Burma Government Medical School reports 1923-41
Year: 1923
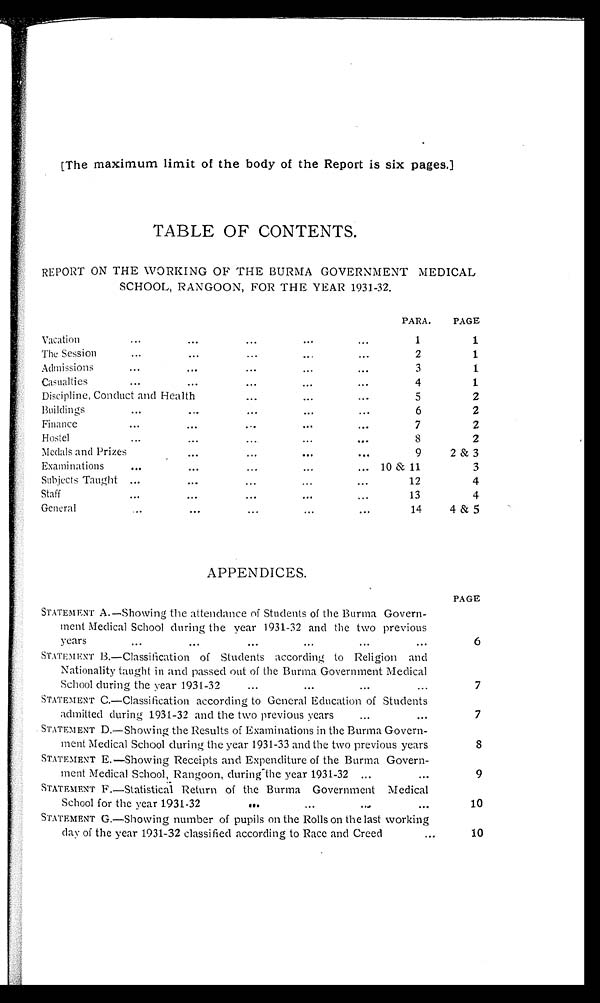
[The maximum limit of the body of the Report is six pages.]
TABLE OF CONTENTS.
REPORT ON THE WORKING OF THE BURMA GOVERNMENT MEDICAL
SCHOOL, RANGOON, FOR THE YEAR 1931-32.
Vacation . . .
PARA.
PAGE
1
1
The
Session
.
.
.
2
1
Admissions
.
.
.
3
1
Casualties
.
.
.
4
1
Discipline, Conduct and Health . . .
5
2
Buildings
.
.
.
6
2
Finance
.
.
.
7
2
Hostel
.
.
.
8
2
Medals and Prizes . . .
9
2 & 3
Examinations . . .
10 & 11
3
Subjects Taught . . .
12
4
Staff
.
.
.
13
4
General
.
.
.
14
4 & 5
A P P E N D I C E S .
STATEMENT A.—Showing the attendance of Students of the Burma Govern-
ment Medical School during the year 1931-32 and the two previous
years . . .
PAGE
6
STATEMENT B.—Classification of Students according to Religion
and
Nationality taught in and passed out of the Burma Government Medical
School during the year 1931-32 . . .
7
STATEMENT C.—Classification according to General Education of Students
admitted during 1931-32 and the two previous years . . .
7
STATEMENT D.—Showing the Results of Examinations in the Burma Govern-
ment Medical School during the year 1931-33 and the two previous years
8
STATEMENT E.—Showing Receipts and Expenditure of the Burma Govern-
ment Medical School, Rangoon, during the year 1931-32 . . .
9
STATEMENT F.—Statistical Return of the Burma Government Medical
School for the year 1931-32 . . .
10
STATEMENT G.—Showing number of pupils on the Rolls on the last working
day of the year 1931-32 classified according to Race and Creed . . .
1 0